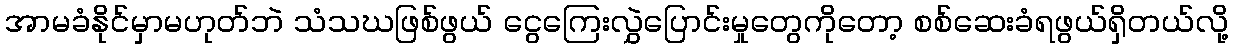
အာမခံနိုင်မှာမဟုတ်ဘဲ သံသဃဖြစ်ဖွယ် ငွေကြေးလွှဲပြောင်းမှုတွေကိုတော့ စစ်ဆေးခံရဖွယ်ရှိတယ်လို့